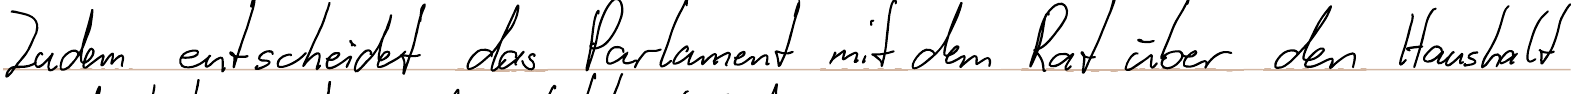
Zudem entscheidet das Parlament mit dem Rat über den Haushalt